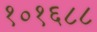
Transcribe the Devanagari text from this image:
१०१६८८